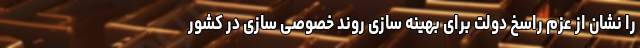
را نشان از عزم راسخ دولت برای بهینه سازی روند خصوصی سازی در کشور